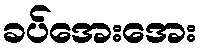
ခပ်အေးအေး